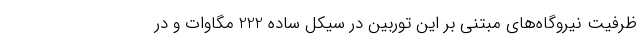
ظرفیت نیروگاه‌های مبتنی بر این توربین در سیکل ساده 222 مگاوات و در